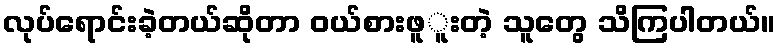
လုပ်ရောင်းခဲ့တယ်ဆိုတာ ဝယ်စားဖူူးတဲ့ သူတွေ သိကြပါတယ်။